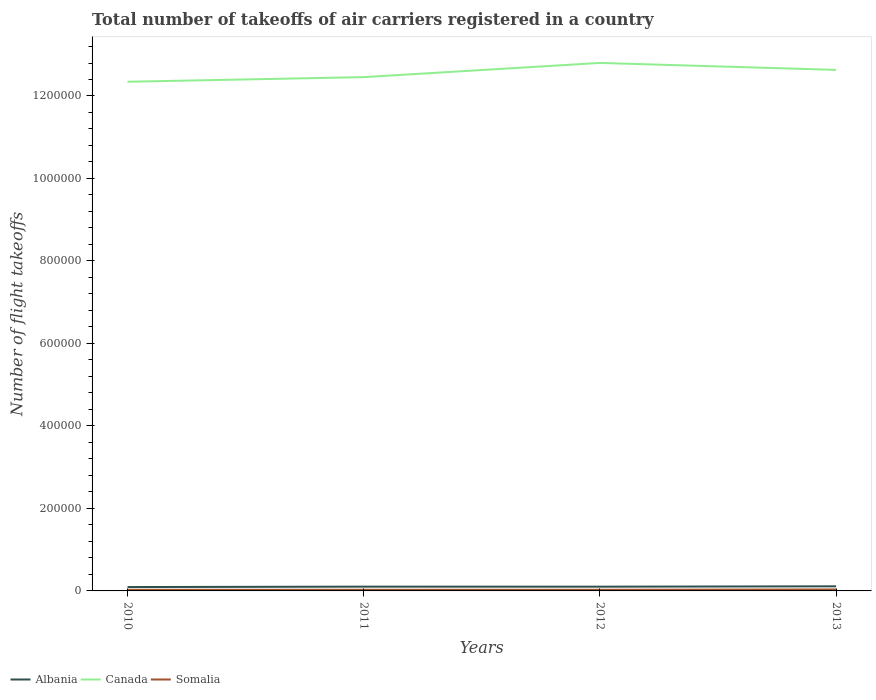
| Years | Albania | Canada | Somalia |
 | --- | --- | --- | --- |
 | 2010 | 9.41e+03 | 1.23e+06 | 2.72e+03 |
 | 2011 | 1.04e+04 | 1.25e+06 | 2.82e+03 |
 | 2012 | 1.03e+04 | 1.28e+06 | 2.79e+03 |
 | 2013 | 1.12e+04 | 1.26e+06 | 3.54e+03 |